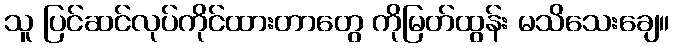
သူ ပြင်ဆင်လုပ်ကိုင်ထားတာတွေ ကိုမြတ်ထွန်း မသိသေးချေ။